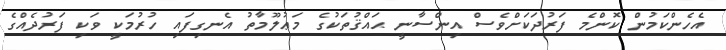
އެހެންކަމުން ކޮންމެ ފަރުދަކަށްވެސް އިންސާނީ ޙައްޤުތަކުގެ މަޢުލޫމާތު އެނގިފައި ހުރުމަކީ ވަކި ފަރުދެއްގެ